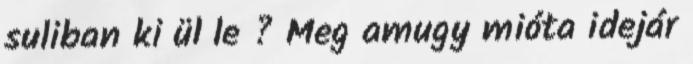
suliban ki ül le ? Meg amugy mióta idejár